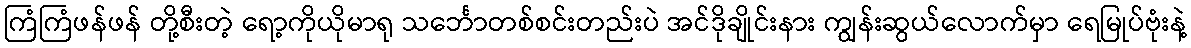
ကြံကြံဖန်ဖန် တို့စီးတဲ့ ရော့ကိုယိုမာရု သင်္ဘောတစ်စင်းတည်းပဲ အင်ဒိုချိုင်းနား ကျွန်းဆွယ်လောက်မှာ ရေမြုပ်ဗုံးနဲ့